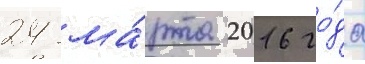
24 ма́рта 2016 го́да